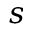
s